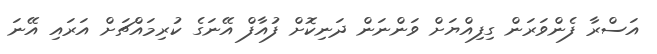
އަސްރާ ފެންވަރަން ގިފިއްޔަށް ވަންނަން ދަނިކޮށް ފުއާފް އޭނަގެ ކުރިމައްޗަށް އަރައި އޭނަ